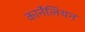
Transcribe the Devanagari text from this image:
कार्नेलियन